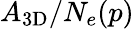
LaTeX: A_{\mathrm{3D}}/N_{e}(p)